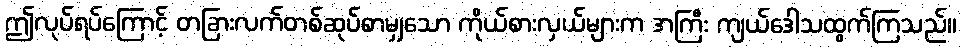
ဤလုပ်ရပ်ကြောင့် တခြားလက်တစ်ဆုပ်စာမျှသော ကိုယ်စားလှယ်များက အကြီး ကျယ်ဒေါသထွက်ကြသည်။